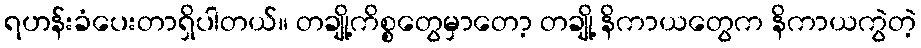
ရဟန်းခံပေးတာရှိပါတယ်။ တချို့ကိစ္စတွေမှာတော့ တချို့ နိကာယတွေက နိကာယကွဲတဲ့